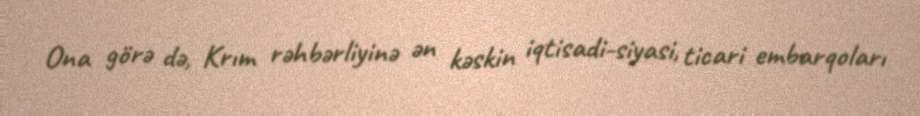
Ona görə də, Krım rəhbərliyinə ən kəskin iqtisadi-siyasi, ticari embarqoları